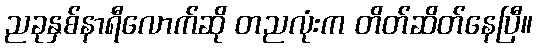
ညခုနှစ်နာရီလောက်ဆို တညလုံးက တိတ်ဆိတ်နေပြီ။